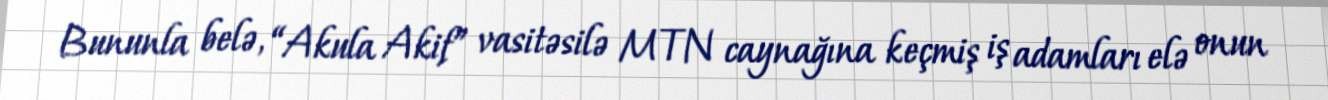
Bununla belə, “Akula Akif” vasitəsilə MTN caynağına keçmiş iş adamları elə onun